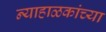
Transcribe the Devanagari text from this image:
न्याहाळकांच्या